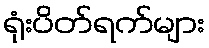
ရုံးပိတ်ရက်များ